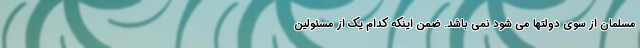
مسلمان از سوی دولتها می شود نمی باشد. ضمن اینکه کدام یک از مسئولین